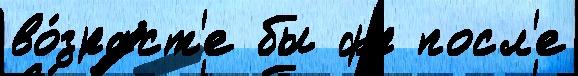
во́зраст'е бы фр посл'е